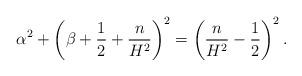
LaTeX: \begin{align*}\alpha^2 + \left(\beta + \frac{1}{2} + \frac{n}{H^2}\right)^2 = \left( \frac{n}{H^2} -\frac{1}{2} \right)^2.\end{align*}